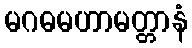
မဂဓမဟာမတ္တာနံ